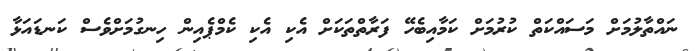
ނައްތާލުމަށް މަސައްކަތް ކުރުމަށް ކަމާއިބެހޭ ފަރާތްތަކަށް އެކި އެކި ކެމްޕެއިން ހިނގުމަށްވެސް ކަނޑައަޅާ